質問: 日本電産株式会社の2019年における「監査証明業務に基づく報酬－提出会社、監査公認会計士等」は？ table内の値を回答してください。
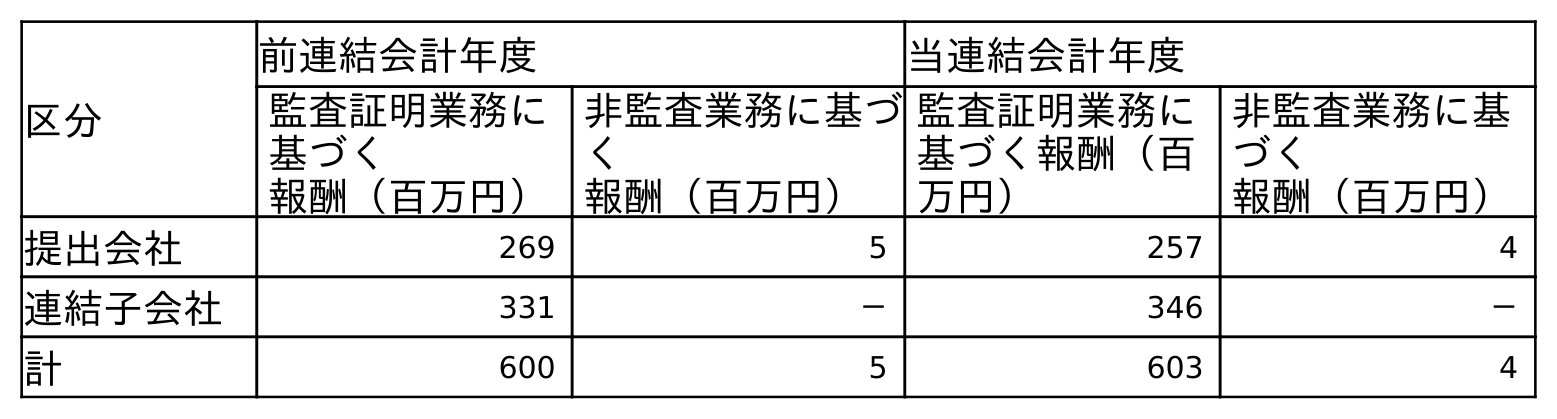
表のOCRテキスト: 区分 前連結会計年度 当連結会計年度 監査証明業務に 基づく 報酬（百万円） 非監査業務に基づ く 報酬（百万円） 監査証明業務に 基づく報酬（百 万円） 非監査業務に基 づく 報酬（百万円） 提出会社 269 5 257 4 連結子会社 331 － 346 － 計 600 5 603 4
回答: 269